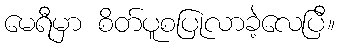
မေရီမှာ စိတ်ပူစပြုလာခဲ့လေပြီ။